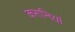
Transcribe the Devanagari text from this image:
करानियों